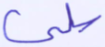
سلبي